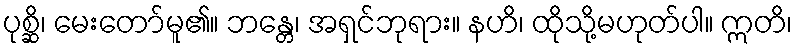
ပုစ္ဆိ၊ မေးတော်မူ၏။ ဘန္တေ၊ အရှင်ဘုရား။ နဟိ၊ ထိုသို့မဟုတ်ပါ။ ဣတိ၊